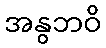
အနွဘဝိ